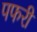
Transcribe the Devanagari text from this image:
पफरी